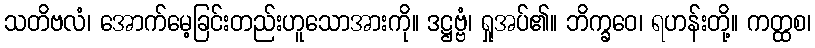
သတိဗလံ၊ အောက်မေ့ခြင်းတည်းဟူသောအားကို။ ဒဋ္ဌဗ္ဗံ၊ ရှုအပ်၏။ ဘိက္ခဝေ၊ ရဟန်းတို့။ ကတ္ထစ၊